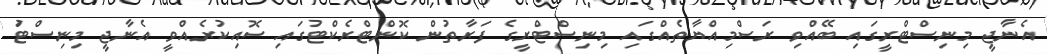
އެނާޖީ މިނިސްޓްރީގައި ބޭއްވި ރަސްމިއްޔާތެއްގައި މިނިސްޓްރީގެ ފަރާތުން ކޮންޓްރެކްޓުގައި ސޮއިކުރެއްވީ އެނާޖީ މިނިސްޓަު